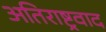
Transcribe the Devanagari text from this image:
अतिराष्ट्रवाद